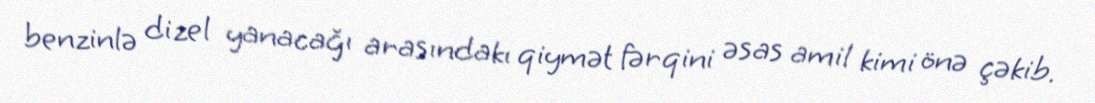
benzinlə dizel yanacağı arasındakı qiymət fərqini əsas amil kimi önə çəkib.